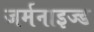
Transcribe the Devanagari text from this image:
जर्मनाइज्ड